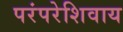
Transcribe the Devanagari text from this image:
परंपरेशिवाय